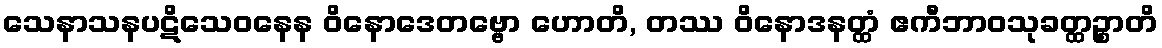
သေနာသနပဋိသေဝနေန ဝိနောဒေတဗ္ဗော ဟောတိ, တဿ ဝိနောဒနတ္ထံ ဧကီဘာဝသုခတ္ထဉ္စာတိ